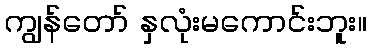
ကျွန်တော် နှလုံးမကောင်းဘူး။